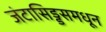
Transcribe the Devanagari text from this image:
जंटासिड्डसमधून